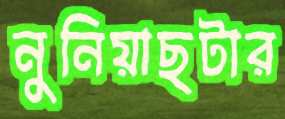
নুনিয়াছটার